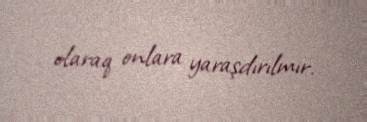
olaraq onlara yaraşdırılmır.